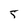
Character: 5